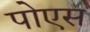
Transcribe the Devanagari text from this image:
पोएस